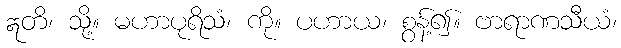
ဣတိ၊ သို့။ မဟာပုရိသံ၊ ကို။ ပဟာယ၊ စွန့်၍။ ဗာရာဏသီယံ၊